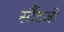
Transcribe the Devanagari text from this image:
र्स्टैटजी